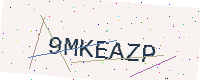
Text: 9MKEAZP